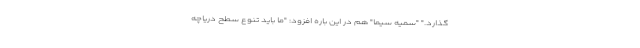
گذارد." "سمیه سیما" هم در این باره افزود: "ما باید تنوع سطح دریاچه